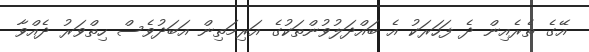
އޭގެ ތެރެއިން ދެ ފަހަރަކު އެ ބައްދަލުވުންތަކުގެ އަރިމަތިން އަބަދުވެސް ހިތްވަރު ދެއްވާ